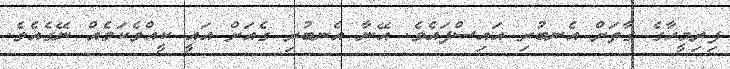
ފިރިމީހާގެ ގާތަށް އެނބުރި އައިސްފައެވެ. އޭނާ އެނބުރި ގެއަށް އައީ ކީއްވެކަމެއް ނޭގެއެވެ.